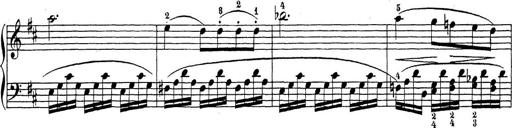
Title: Sonatina Album
Composer: Louis KÃ¶hler